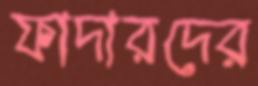
ফাদারদের